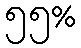
၅၅%